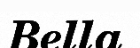
Bella